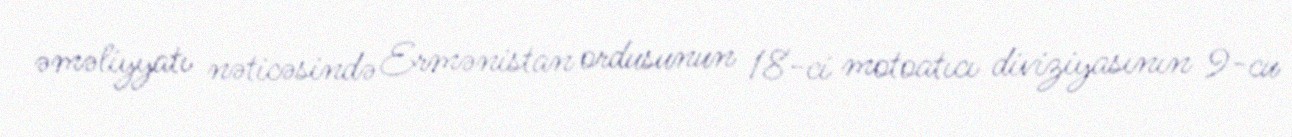
əməliyyatı nəticəsində Ermənistan ordusunun 18-ci motoatıcı diviziyasının 9-cu